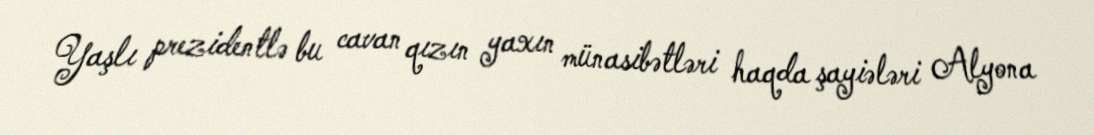
Yaşlı prezidentlə bu cavan qızın yaxın münasibətləri haqda şayiələri Alyona